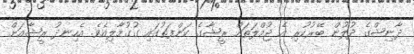
ދާނިޝްގެ ދުލުން ބޭރުކުރި އެ ޖުމްލަތައް ރީޝާގެ ކަންފަތުގައި ގުގުމާލިއެވެ. އެހިނދު ރީޝާއަށް